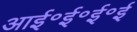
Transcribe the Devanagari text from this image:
आई॰ई॰ई॰ई